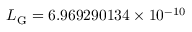
L _ { \mathrm { G } } = 6 . 9 6 9 2 9 0 1 3 4 \times 1 0 ^ { - 1 0 }